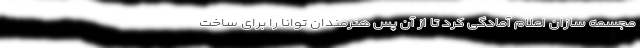
مجسمه سازان اعلام آمادگی کرد تا از آن پس هنرمندان توانا را برای ساخت